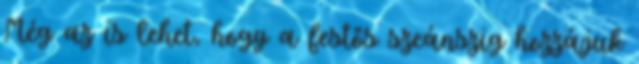
Még az is lehet, hogy a festős szeánszig hozzájuk